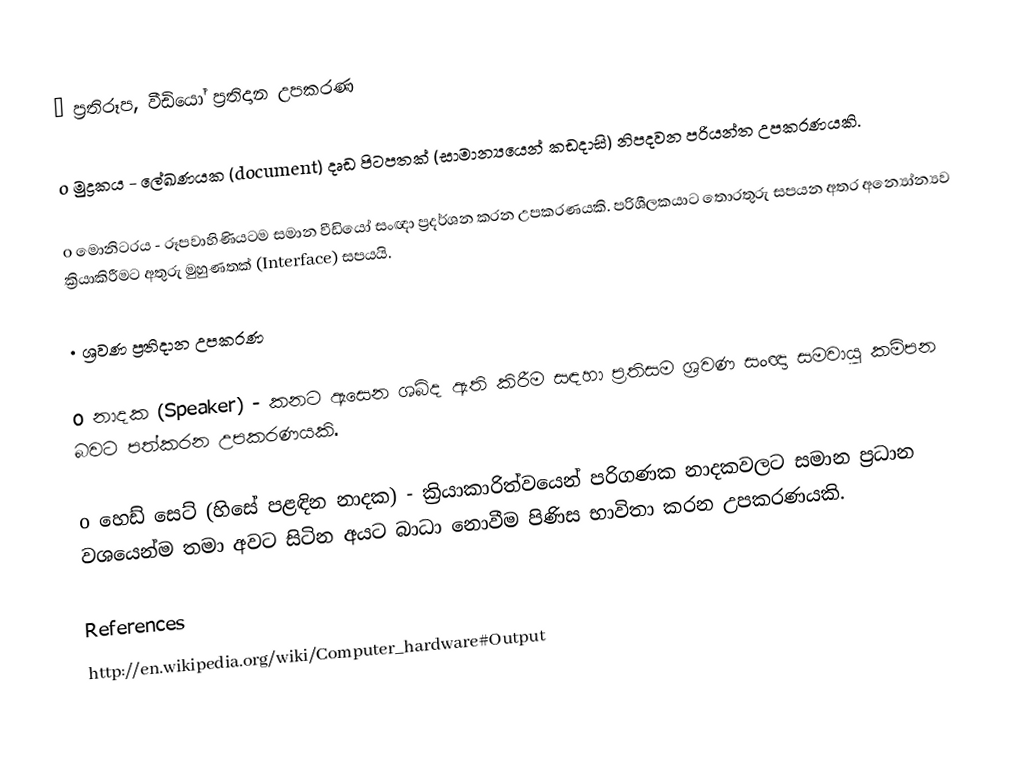
•	ප්‍රතිරූප, වීඩියෝ ප්‍රතිදාන උපකරණ

   o	මුද්‍රකය - ලේඛණයක (document) දෘඩ පිටපතක් (සාමාන්‍යයෙන් කඩදාසි) නිපදවන පරියන්ත උපකරණයකි.

   o	මොනිටරය - රූපවාහිණියටම සමාන වීඩියෝ සංඥා ප්‍රදර්ශන කරන උපකරණයකි. පරිශීලකයාට තොරතුරු සපයන අතර අන්‍යෝන්‍යව ක්‍රියාකිරීමට අතුරු මුහුණතක් (Interface) සපයයි.

•	ශ්‍රවණ ප්‍රතිදාන උපකරණ

   o	නාදක (Speaker) - කනට ඇසෙන ශබ්ද ඇති කිරීම සඳහා ප්‍රතිසම ශ්‍රවණ සංඥා සමවායු කම්පන බවට පත්කරන උපකරණයකි.

   o	හෙඩ් සෙට් (හිසේ පළඳින නාදක) - ක්‍රියාකාරිත්වයෙන් පරිගණක නාදකවලට සමාන ප්‍රධාන වශයෙන්ම තමා අවට සිටින අයට බාධා නොවීම පිණිස භාවිතා කරන උපකරණයකි.

References
http://en.wikipedia.org/wiki/Computer_hardware#Output